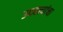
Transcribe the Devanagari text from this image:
उदबत्त्यांचा